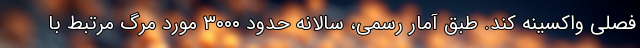
فصلی واکسینه کند. طبق آمار رسمی، سالانه حدود ۳۰۰۰ مورد مرگ مرتبط با